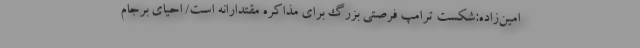
امین‌زاده:شکست ترامپ فرصتی بزرگ برای مذاکره مقتدارانه است/ احیای برجام